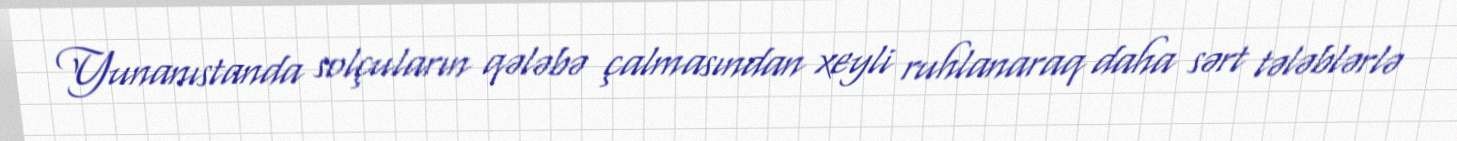
Yunanıstanda solçuların qələbə çalmasından xeyli ruhlanaraq daha sərt tələblərlə